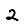
Digit: 2